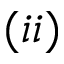
( i i )